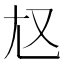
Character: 𡯉